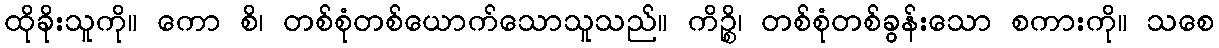
ထိုခိုးသူကို။ ကော စိ၊ တစ်စုံတစ်ယောက်သောသူသည်။ ကိဉ္စိ၊ တစ်စုံတစ်ခွန်းသော စကားကို။ သစေ